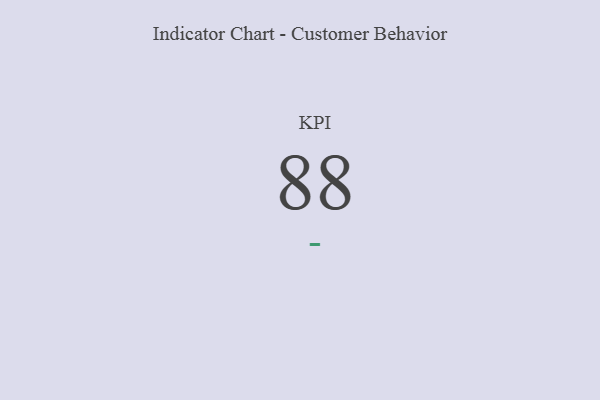
{"axis": {"x": "KPI", "y": "Value"}, "legend": [""], "data": [{"x": "KPI", "y": 88, "type": ""}]}